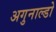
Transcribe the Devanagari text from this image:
अगुनाल्डो